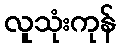
လူသုံးကုန်